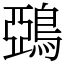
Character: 鵶